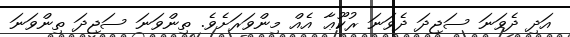
އަދި ދެވަނަ ސަޖިދަ ދެވަނަ ރުކޫޢާ އެއް މިންވަރަށެވެ. ތިންވަނަ ސަޖިދަ ތިންވަނަ